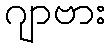
ဂျာဗား